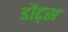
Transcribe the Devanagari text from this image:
डौट्स